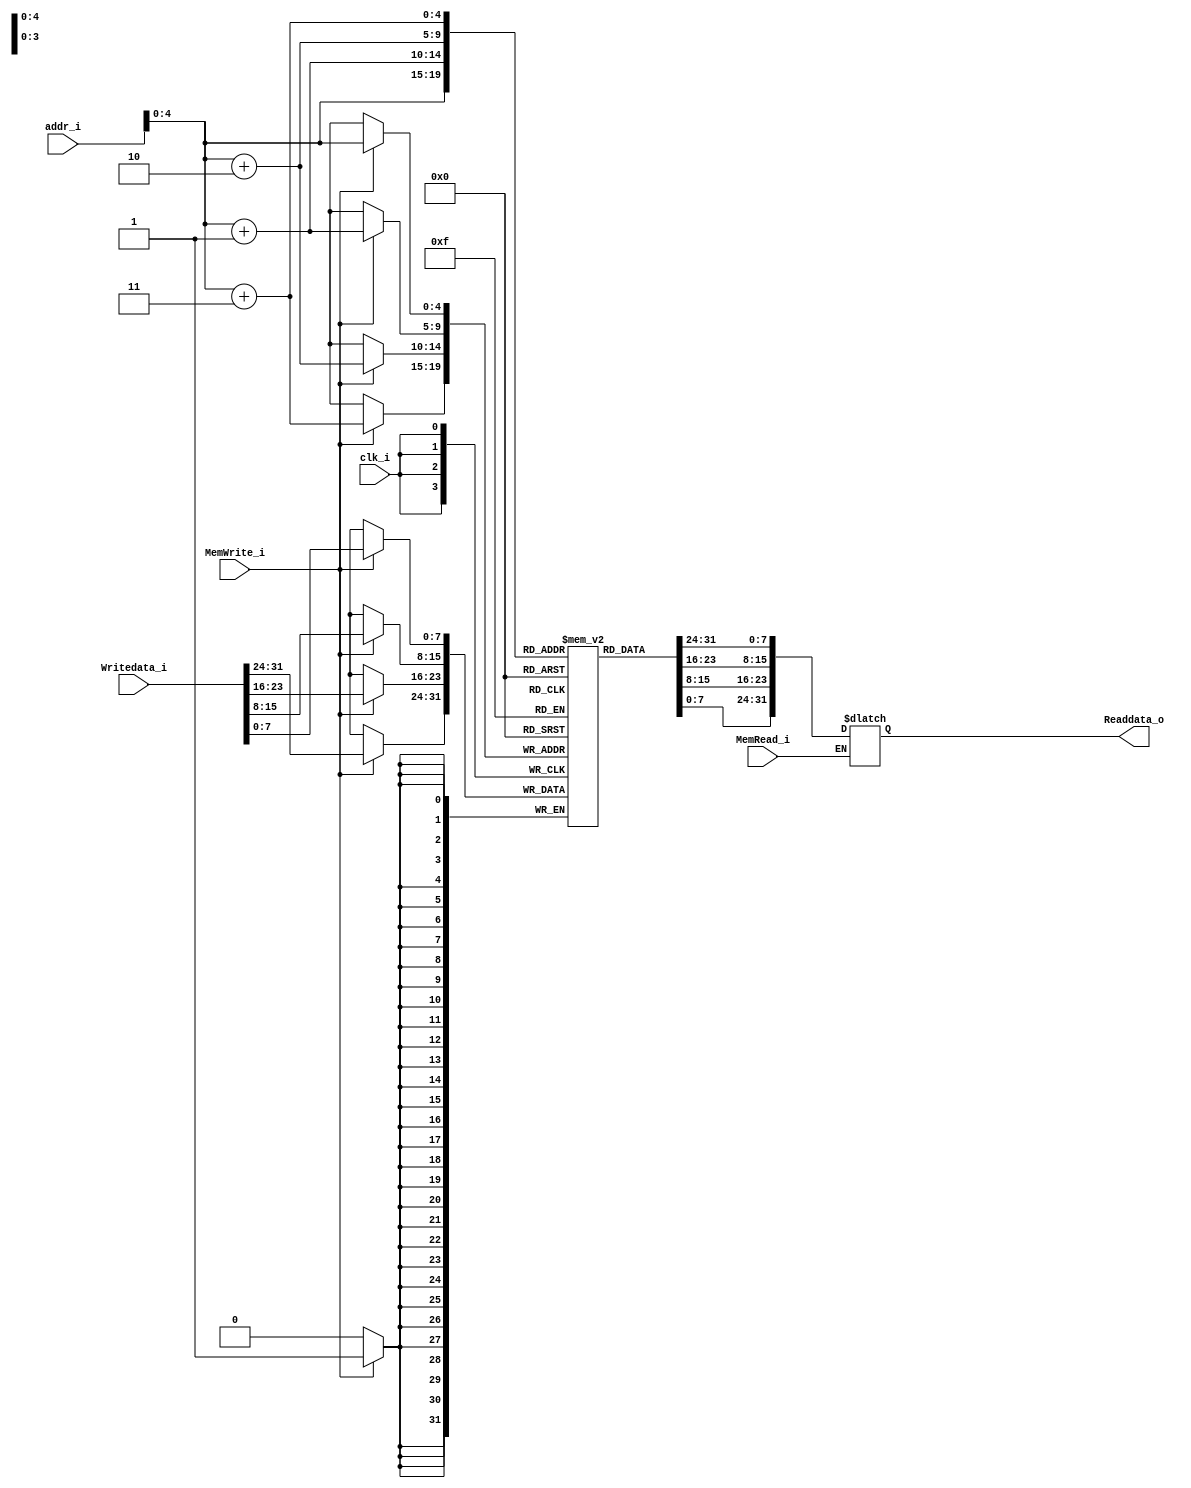
module DataMemory(
	clk_i,
    addr_i,
    Writedata_i,
    MemRead_i,
    MemWrite_i,
    Readdata_o
);

input	[31:0]		addr_i, Writedata_i;
input				clk_i, MemRead_i, MemWrite_i;
output	[31:0]		Readdata_o;
reg		[7:0]		memory 	[0:31];
reg		[31:0]		Readdata_o;

always @(posedge clk_i) begin
	if (MemWrite_i) begin
		memory[addr_i] = Writedata_i[7:0];
		memory[addr_i+1] = Writedata_i[15:8];
		memory[addr_i+2] = Writedata_i[23:16];
		memory[addr_i+3] = Writedata_i[31:24];
		// $display("In Write: %b", memory[addr_i]);
	end
end

always @(MemRead_i) begin
	if (MemRead_i) begin
		Readdata_o = {memory[addr_i+3], memory[addr_i+2], memory[addr_i+1], memory[addr_i]};
		// $display("In Readdata: %b", Readdata_o);		
	end
end

endmodule